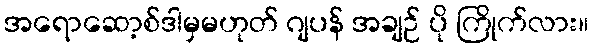
အရောဆော့စ်ဒါမှမဟုတ် ဂျပန် အချဉ် ပို ကြိုက်လား။